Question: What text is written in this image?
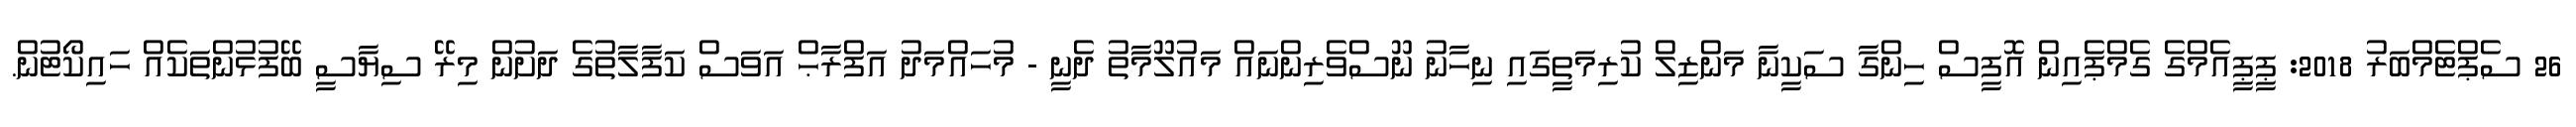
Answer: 26 ސެޕްޓެމްބަރު 2018: ޕީޕީއެމްގެ ގެމްޕެއިން އޮފީސް ހިންގާ ސަކީނާ މަންޒިލް ކުރިމަތީގައި ނިހާނު ނޫސްވެރިންނައް މައުލޫމާތު ދެނީ - މުހައްމަދު އަފްރާޙް އަވަސް ކަފާލާތުގެ ދަށުން މިރޭ ސިޔާސީ ބޭފުޅުންތަކެއް ހައިކޯޓުން.